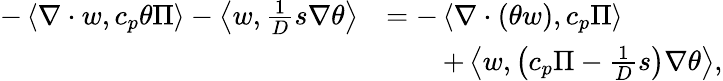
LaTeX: \begin{array}{rl}{-\left\langle\nabla\cdot w,c_{p}\theta\Pi\right\rangle-\left\langle w,\frac{1}{D}s\nabla\theta\right\rangle}&{=-\left\langle\nabla\cdot(\theta w),c_{p}\Pi\right\rangle}\\ &{\qquad+\left\langle w,\left(c_{p}\Pi-\frac{1}{D}s\right)\nabla\theta\right\rangle,}\end{array}